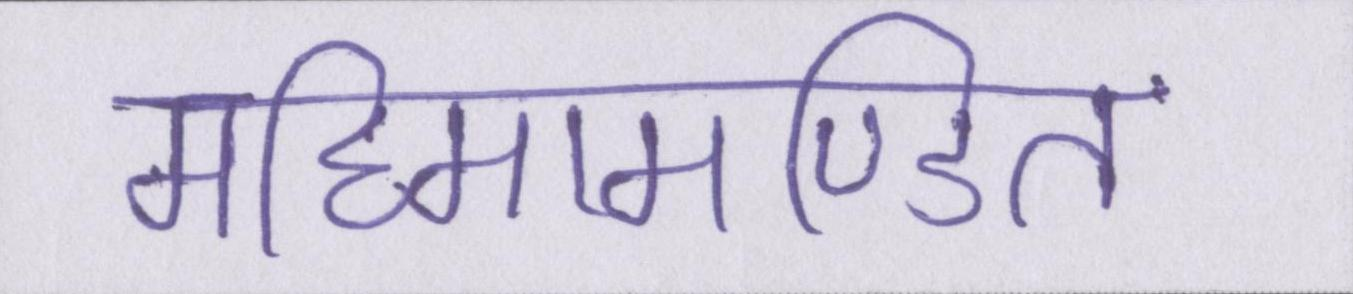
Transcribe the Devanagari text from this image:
महिमामण्डित